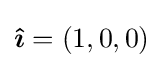
{\boldsymbol {\hat {\imath }}}=(1,0,0)